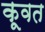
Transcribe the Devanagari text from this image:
कूवत